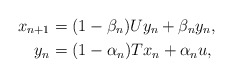
\begin{align*}x_{n+1} & = (1-\beta_n)Uy_n + \beta_n y_n,\\y_{n} & = (1-\alpha_n)T x_n + \alpha_n u,\end{align*}